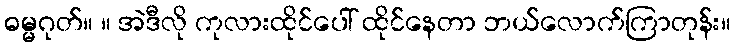
ဓမ္မဂုတ်။ ။ အဲဒီလို ကုလားထိုင်ပေါ် ထိုင်နေတာ ဘယ်လောက်ကြာတုန်း။